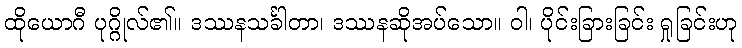
ထိုယောဂီ ပုဂ္ဂိုလ်၏။ ဒဿနသင်္ခါတာ၊ ဒဿနဆိုအပ်သော။ ဝါ၊ ပိုင်းခြားခြင်း ရှုခြင်းဟု